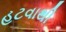
હટવાથી